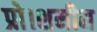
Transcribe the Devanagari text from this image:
प्रो।शमीम